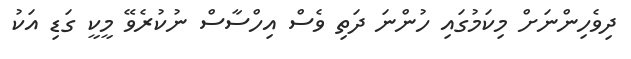
ދިވެހިންނަށް މިކަމުގައި ހުންނަ ދަތި ވެސް އިހްސާސް ނުކުރެވޭ މީކީ ގަޑި އަކު